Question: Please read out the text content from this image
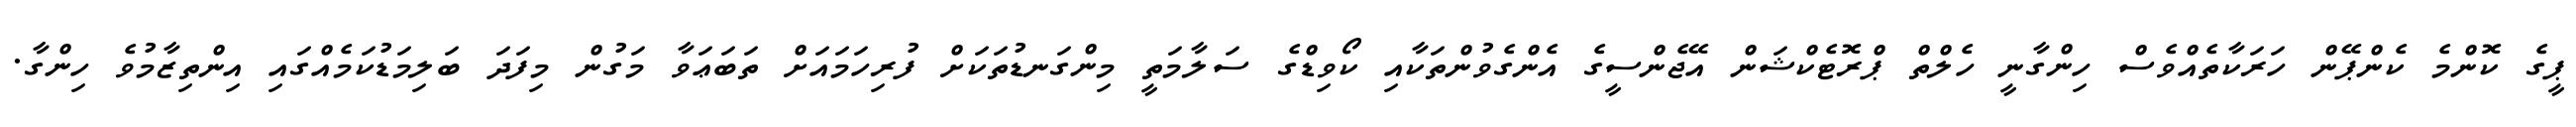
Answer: ޕީގެ ކޮންމެ ކެންޕޭން ހަރަކާތެއްވެސް ހިންގާނީ ހެލްތް ޕްރޮޓެކްޝަން އޭޖެންސީގެ އެންގެވުންތަކާއި ކޯވިޑްގެ ސަލާމަތީ މިންގަނޑުތަކަށް ފުރިހަމައަށް ތަބަޢަވާ މަގުން މިފަދަ ބަލިމަޑުކަމެއްގައި އިންތިޒާމުވެ ހިންގާ.